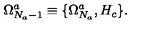
\Omega _ { N _ { a } - 1 } ^ { a } \equiv \{ \Omega _ { N _ { a } } ^ { a } , H _ { c } \} .